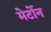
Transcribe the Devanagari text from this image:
मेर्टोन